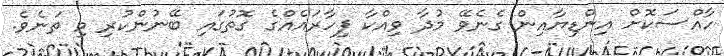
ހާއްސަކޮށް އިންޑިޔާއިން ގެނެވޭ މުދާ ވިއްކާ ފިހާރައެއްގެ ގޮތުގައި ބޭނުންކުރި މި ތަނެވެ.